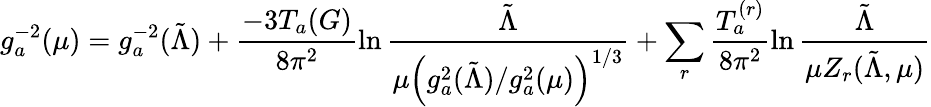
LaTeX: g_{a}^{-2}(\mu)=g_{a}^{-2}(\tilde{\Lambda})+\frac{-3T_{a}(G)}{8\pi^{2}}\ln\frac{\tilde{\Lambda}}{\mu\left({g_{a}^{2}(\tilde{\Lambda})}/{g_{a}^{2}(\mu)}\right)^{1/3}}+\sum_{r}\frac{T_{a}^{(r)}}{8\pi^{2}}\ln\frac{\tilde{\Lambda}}{\mu Z_{r}(\tilde{\Lambda},\mu)}